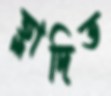
হ্লাদিত